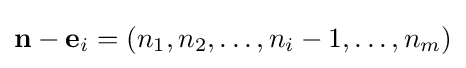
\mathbf {n} -\mathbf {e} _{i}=(n_{1},n_{2},\ldots ,n_{i}-1,\ldots ,n_{m})